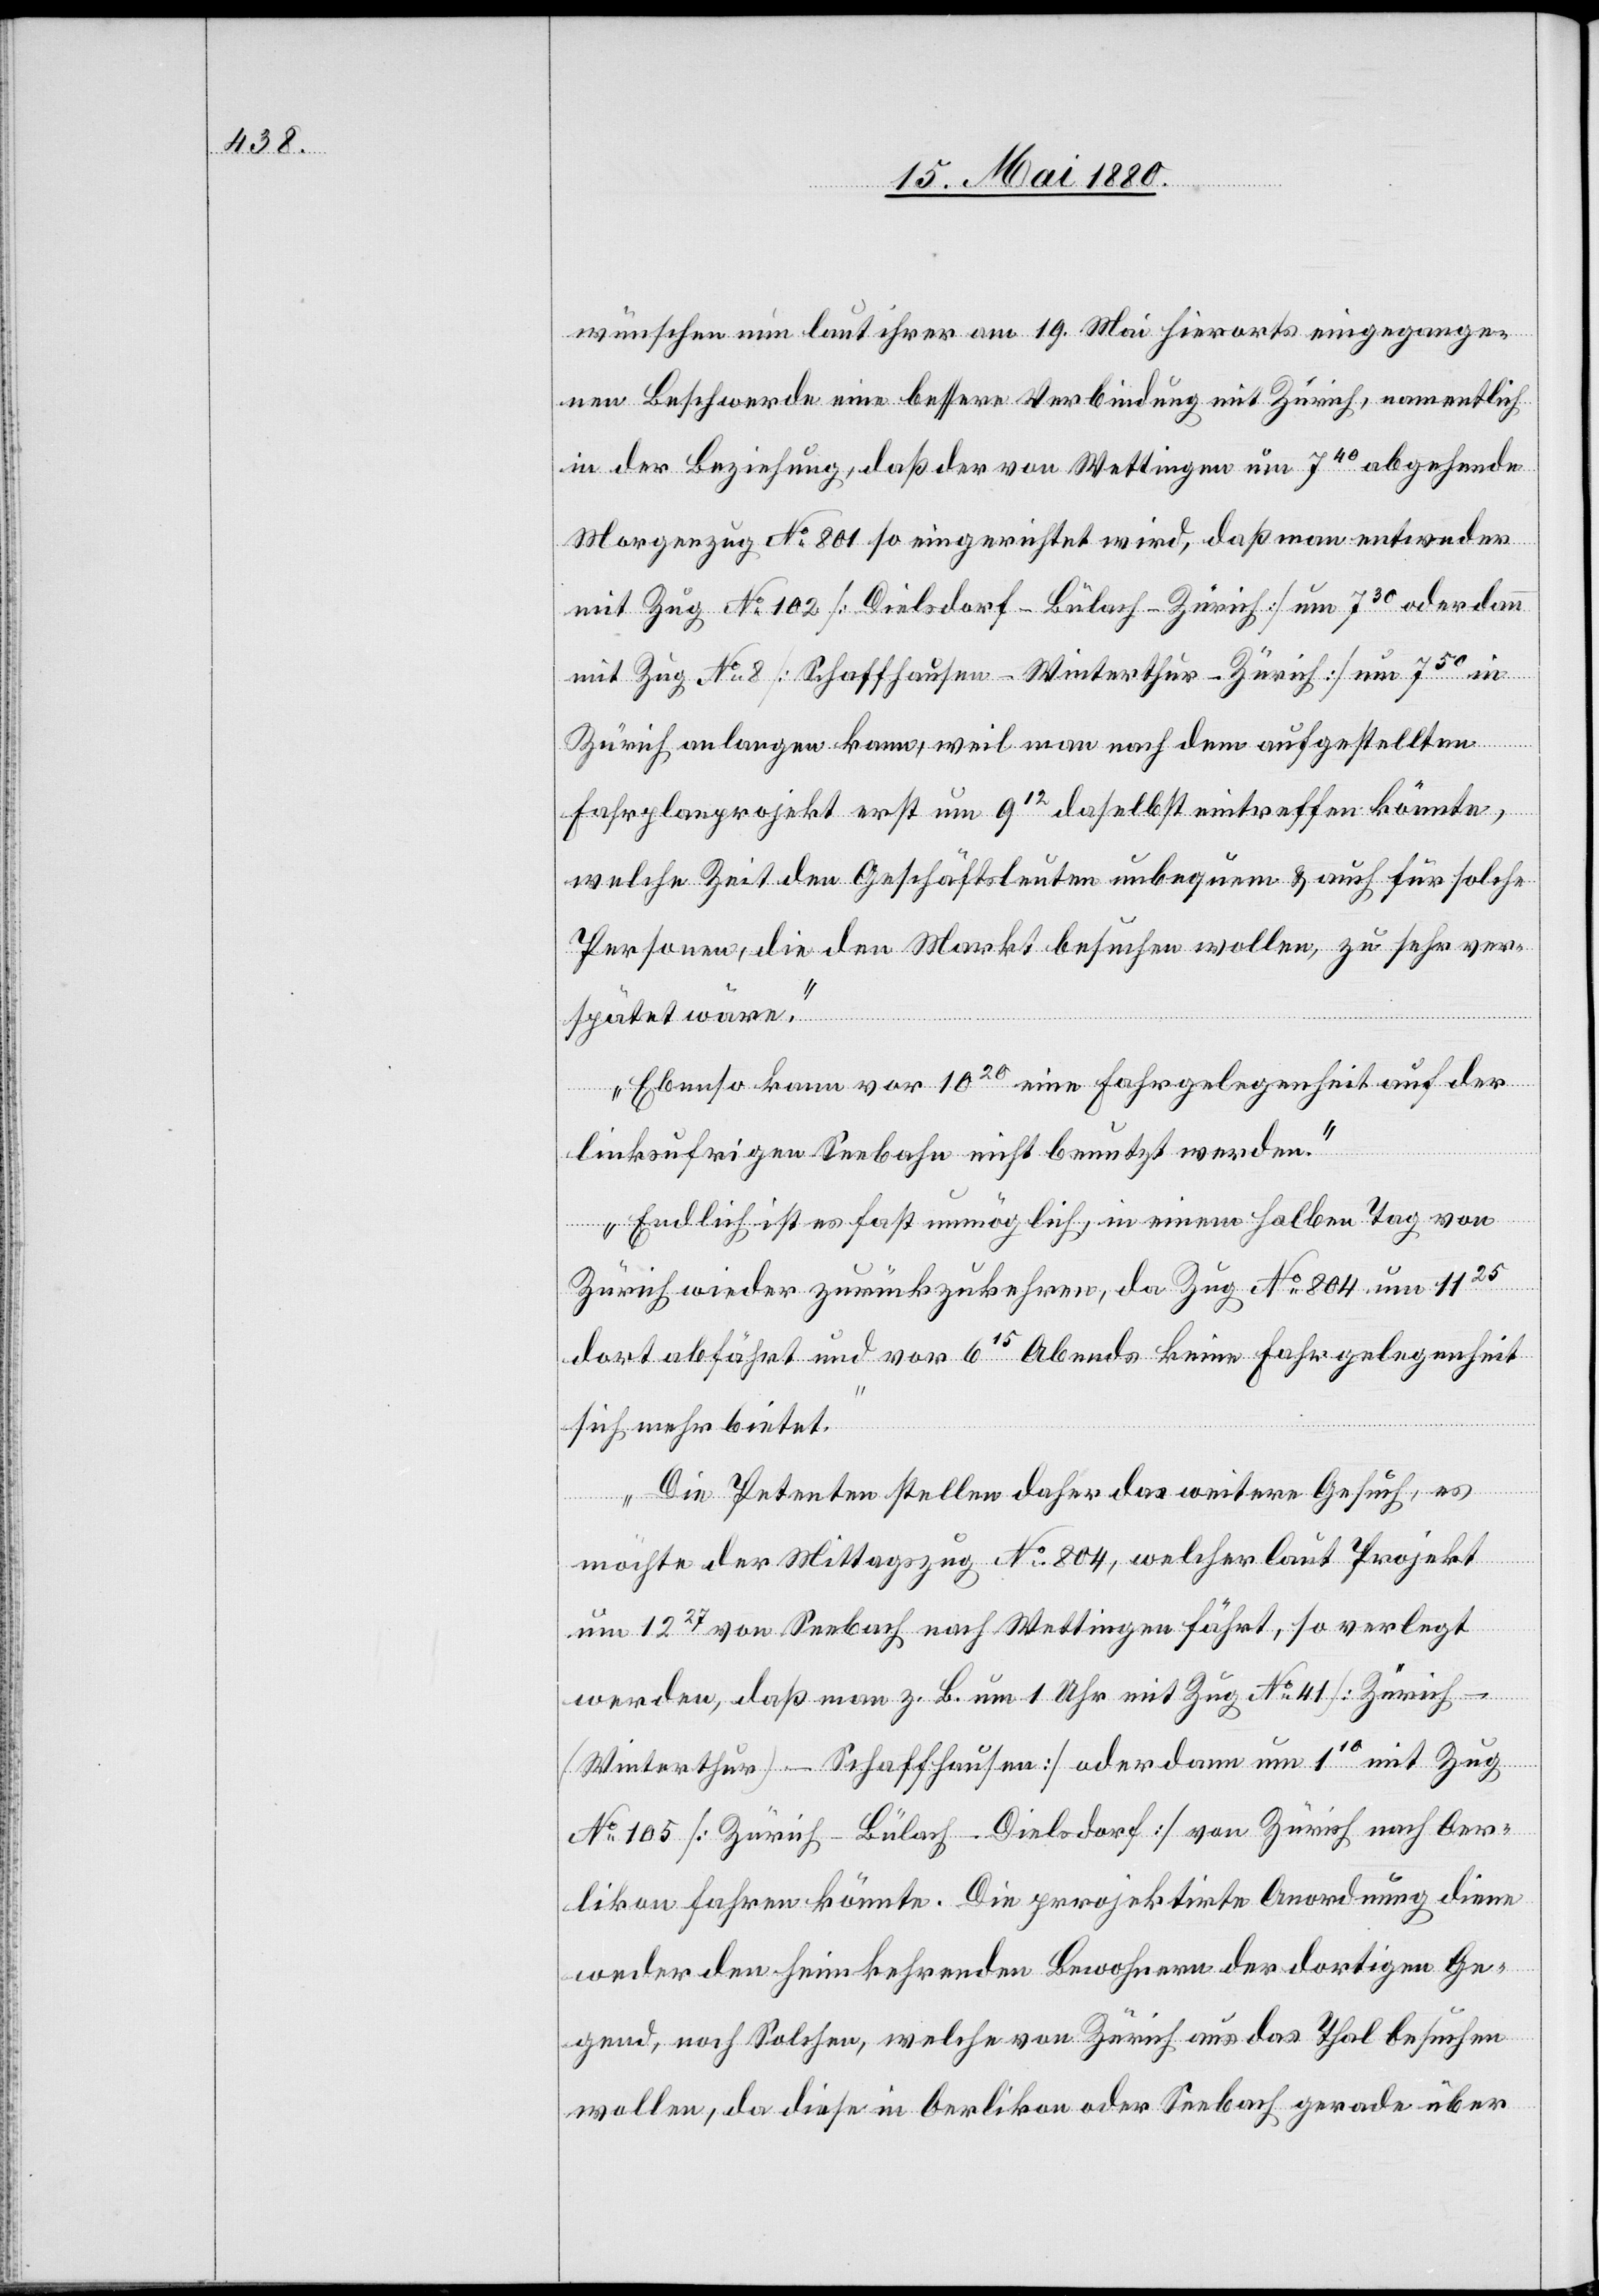
wünschen ein laut ihrer am 19. Mai hierorts eingegange¬
nen Beschwerde eine bessere Verbindung mit Zürich, namentlich
in der Beziehung, daß der von Wettingen um 740 abgehende
Morgenzug No 801 so eingerichtet wird, daß man entweder
mit Zug No 102 [Dielsdorf–Bülach–Zürich] um 730 oder dann
mit Zug No 8 [Schaffhausen–Winterthur–Zürich] um 750 in
Zürich anlangen kann, weil man nach dem aufgestellten
Fahrplanprojekt erst um 912 daselbst eintreffend könnte,
welche Zeit den Geschäftsleuten unbequem & auch für solche
Personen, die den Markt besuchen wollen, zu sehr ver¬
spätet wäre.
Ebenso kann vor 1020 eine Fahrgelegenheit auf der
linksufrigen Seebahn nicht benutzt werden.
Endlich ist es fast unmöglich, in einem halben Tag von
Zürich wieder zurückzukehren, da Zug No 804 um 1125
dort abfährt und vor 615 Abends keine Fahrgelegenheit
sich mehr bietet.
Die Petenten stellen daher das weitere Gesuch, es
möchte der Mittagszug No 804, welcher laut Projekt
um 1227 von Seebach nach Wettingen fährt, so verlegt
werden, daß man z. B. um 1 Uhr mit Zug No 41 [Züric¬
h–(Winterthur)–Schaffhausen] oder dann um 110 mit Zug
No 105 [Zürich-Bülach–Dielsdorf] von Zürich nach Oer¬
likon fahren könnte. Die projektirte Anordnung diene
weder den heimkehrenden Bewohnern der dortigen Ge¬
gend, noch Solchen, welche von Zürich aus das Thal besuchen
wollen, da diese in Oerlikon oder Seebach gerade über